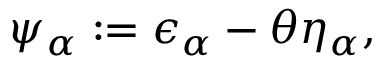
\begin{array} { r } { \psi _ { \alpha } : = \epsilon _ { \alpha } - \theta \eta _ { \alpha } , } \end{array}